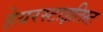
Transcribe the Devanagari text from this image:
हेयरस्टाइलिस्ट